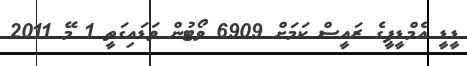
ޑީޑީ އެމްޑީޕީގެ ރައީސް ކަމަށް 6909 ވޯޓުން ވަޑައިގަތީ 1 މޭ 2011